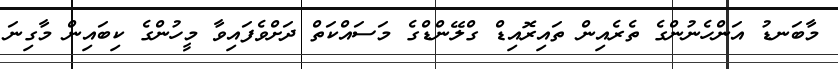
މާބަނޑު އަންހެނުންގެ ތެރެއިން ތައިރޮއިޑް ގްލޭންޑްގެ މަސައްކަތް ދަށްވެފައިވާ މީހުންގެ ކިބައިން މާގިނަ